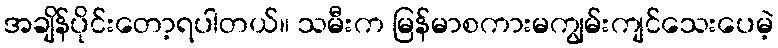
အချိန်ပိုင်းတော့ရပါတယ်။ သမီးက မြန်မာစကားမကျွမ်းကျင်သေးပေမဲ့